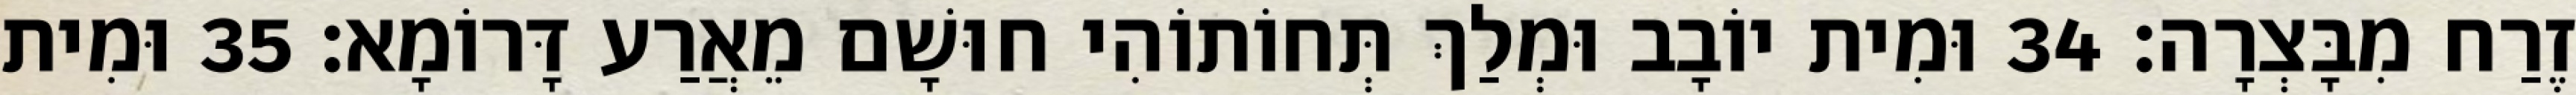
זֶרַח מִבָּצְרָה׃ 34 וּמִית יוֹבָב וּמְלַךְ תְּחוֹתוֹהִי חוּשָׁם מֵאֲרַע דָּרוֹמָא׃ 35 וּמִית